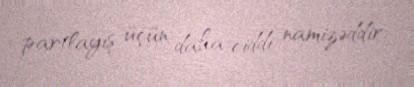
partlayış üçün daha ciddi namizəddir.